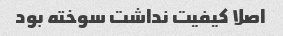
اصلا کیفیت نداشت سوخته بود